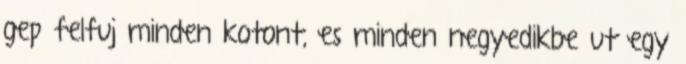
gep felfuj minden kotont, es minden negyedikbe ut egy